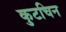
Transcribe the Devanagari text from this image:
कुटचिन